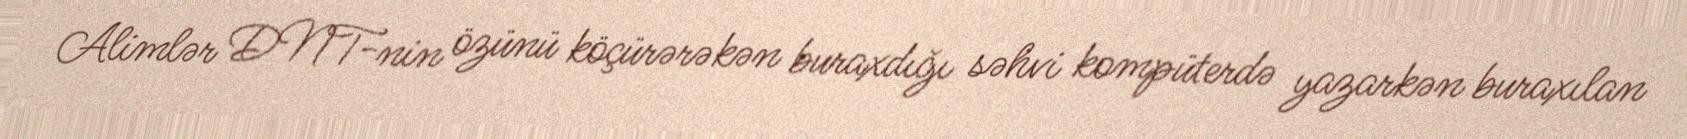
Alimlər DNT-nin özünü köçürərəkən buraxdığı səhvi kompüterdə yazarkən buraxılan